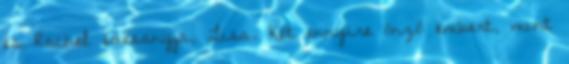
és Rachel édesanyja, Lisa. Két ennyire önző embert, mint